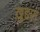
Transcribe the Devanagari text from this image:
ख़ुद्दाम